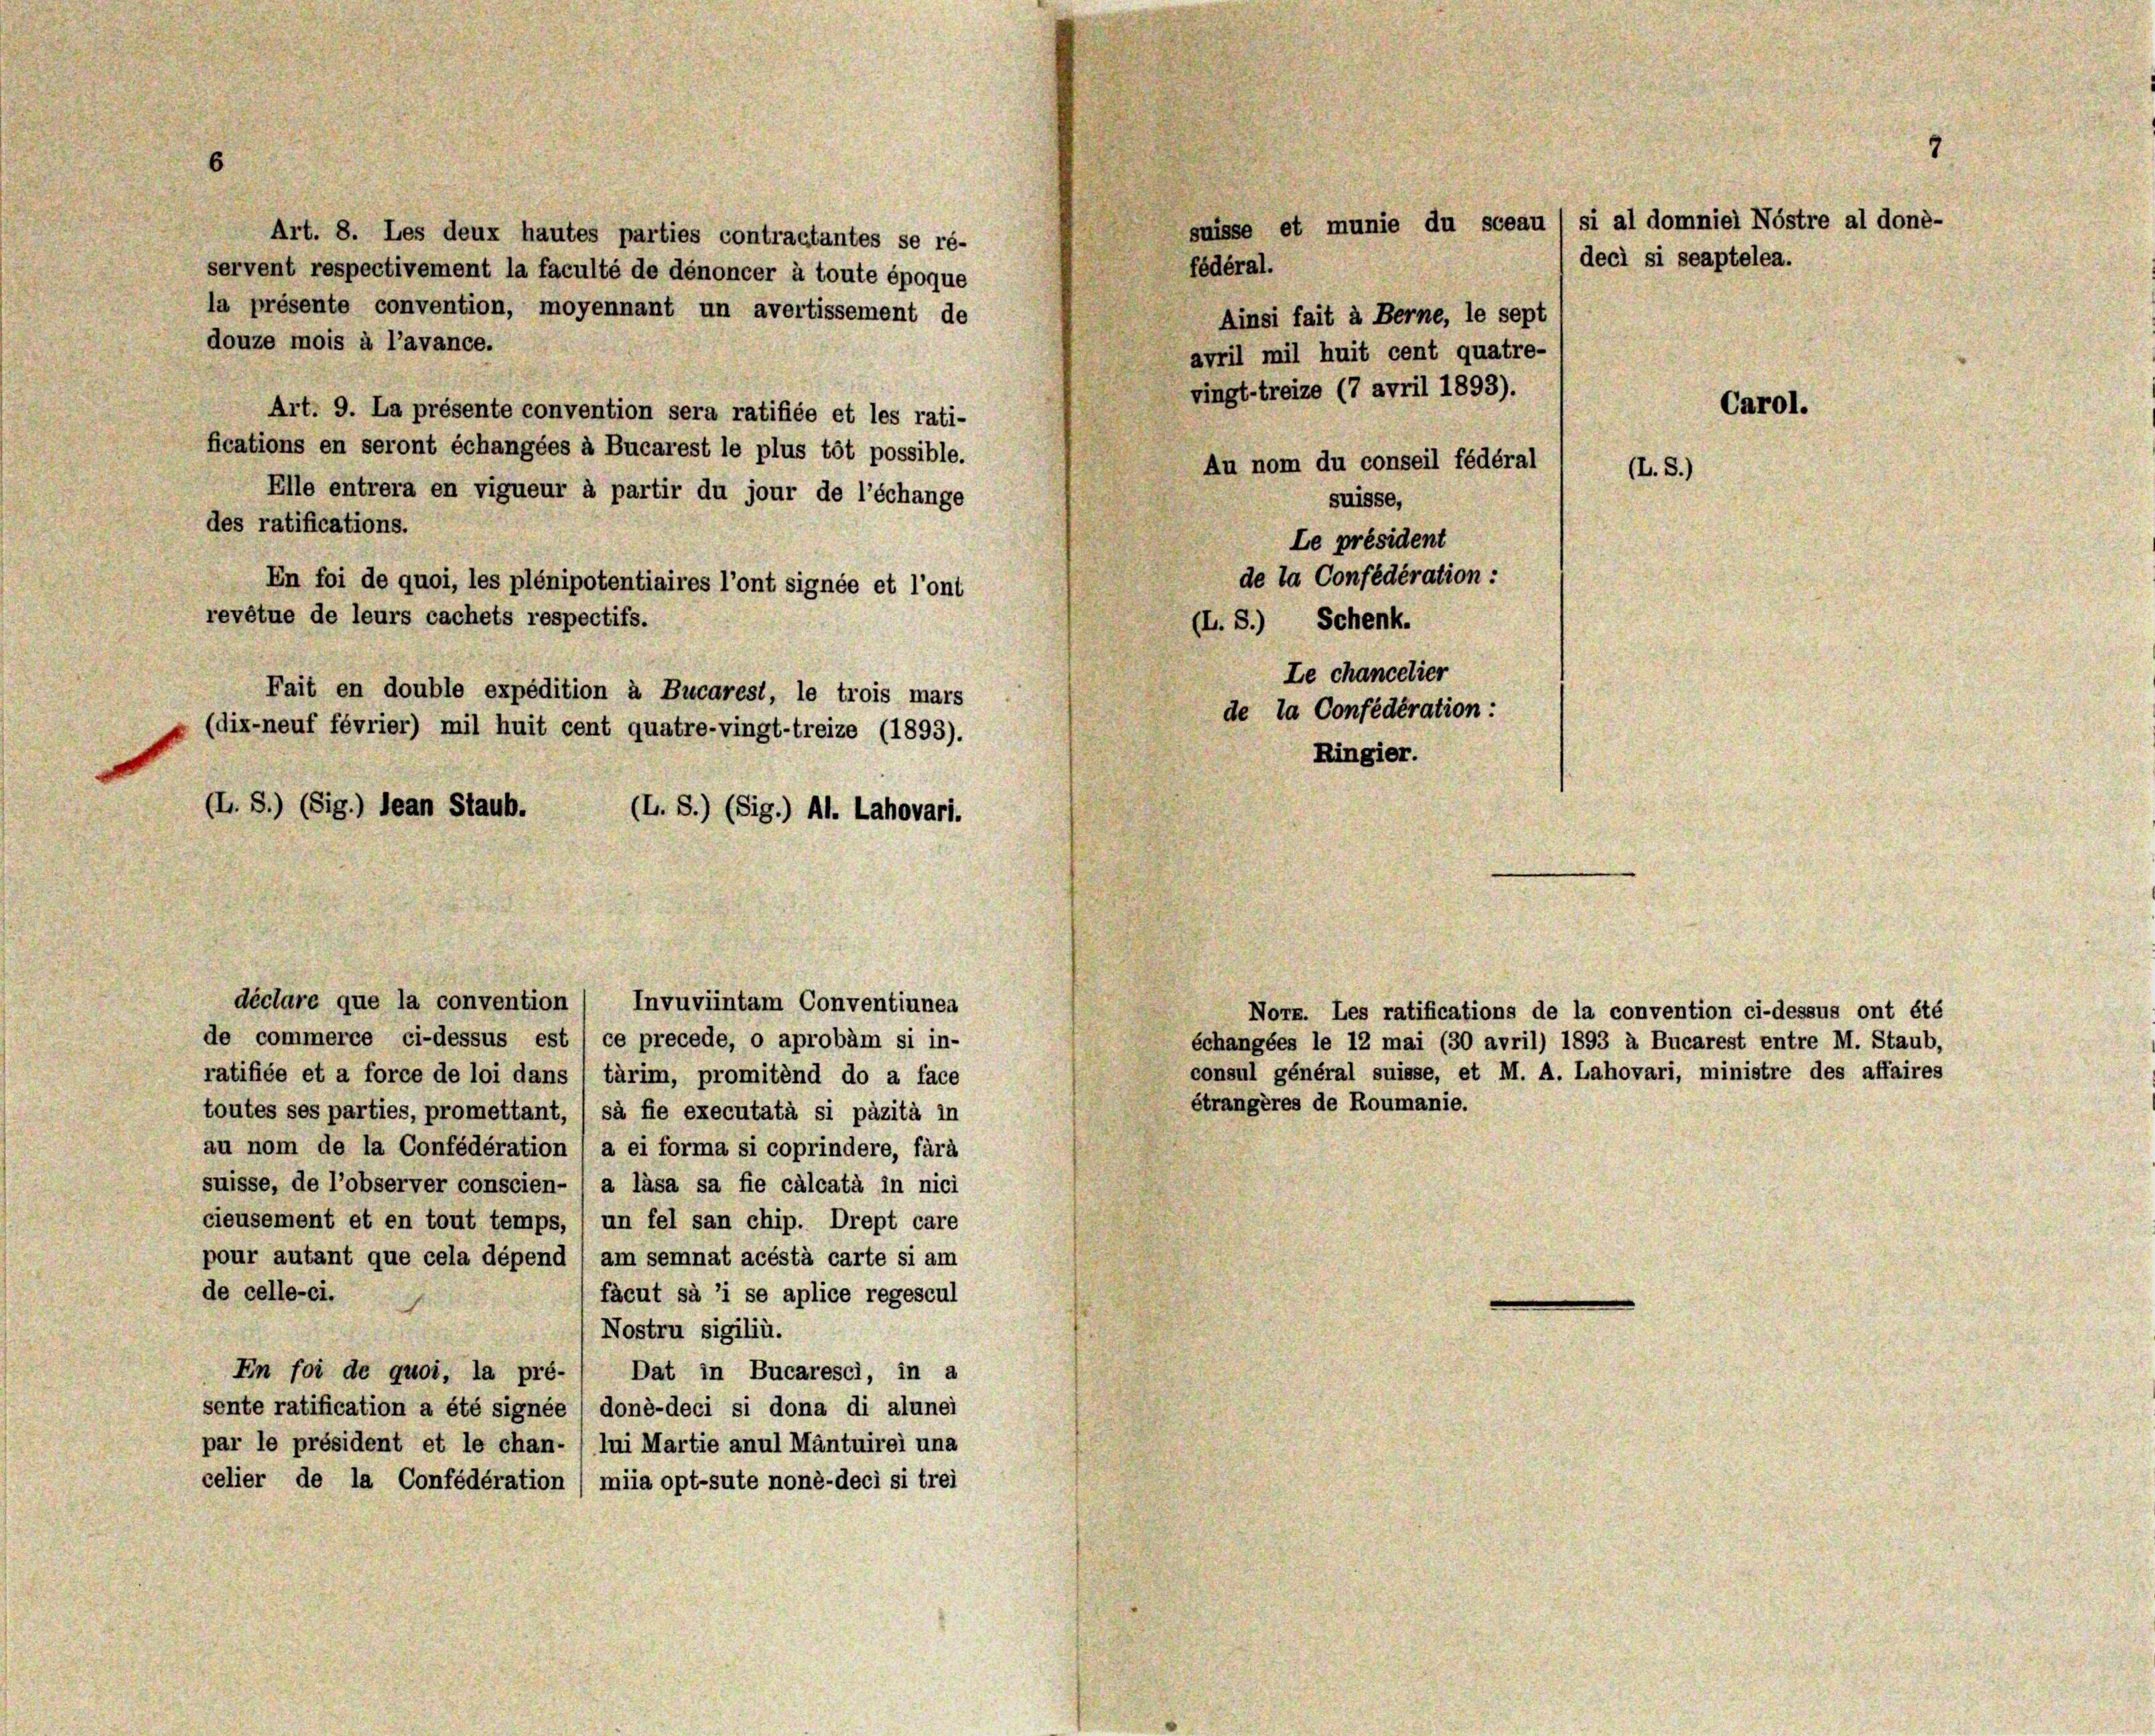
(L. S.) (Sig.) Jean Staub.

Art. 8. Les deux hautes parties contractantes se ré-
servent respectivement la faculté de dénoncer à toute époque
la présente convention, moyennant un avertissement de
Ainsi fait à Berne, le sept
douze mois à l’avance.
avril mil huit cent quatre-
vingt-treize (7 avril 1893).
Art. 9. La présente convention sera ratifiée et les rati-
fications en seront échangées à Bucarest le plus tôt possible.
Au nom du conseil fédéral
Elle entrera en vigueur à partir du jour de l’échange
suisse,
des ratifications.
Le président
de la Confédération:
En foi de quoi, les plénipotentiaires l’ont signée et l’ont
revêtue de leurs cachets respectifs.
(L. S.) Schenk.
Fait en double expédition à Bucarest, le trois mars
(dix-neuf février) mil huit cent quatre-vingt-treize (1893).
déclare que la convention ( Invuviintam Conventiunea
de commerce ci-dessus est / ce precede, o aprobam si in-
ratifiée et a force de loi dans ( tärim, promitend do a face
étrangères de Roumanie.
toutes ses parties, promettant, ( sà fie executatà si päzità in
au nom de la Confédération (a ei forma si coprindere, farà
suisse, de l’observer conscien- ( a lasa sa fie calcatà in nici
cieusement et en tout temps, / un fel san chip. Drept care
pour autant que cela dépend (am semnat acéstà carte si am
de celle-ci.
fäcut sà ’i se aplice regescul
Nostru sigiliù.
En foi de quoi, la pré-/ Dat in Bucaresci, in a
sente ratification a été signée ( doné-deci si dona di alunei
par le président et le chan- ( lui Martie anul Mäntuirei una
celier de la Confédération (miia opt-sute noné-deci si trei

(L. S.) (Sig.) Al. Lahovari.

suisse et munie du sceau / si al domniei Nöstre al doné-
fédéral.

de la Confédération:

Le chancelier

Ringier.

II. S.)

Carol.

7

deci si seaptelea.

Norx. Les ratifications de la convention ci-dessus ont été
échangées le 12 mai (30 avril) 1893 à Bucarest entre M. Staub,
consul général suisse, et M. A. Lahovari, ministre des affaires